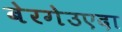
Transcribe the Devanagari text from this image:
बेरगेउएदा